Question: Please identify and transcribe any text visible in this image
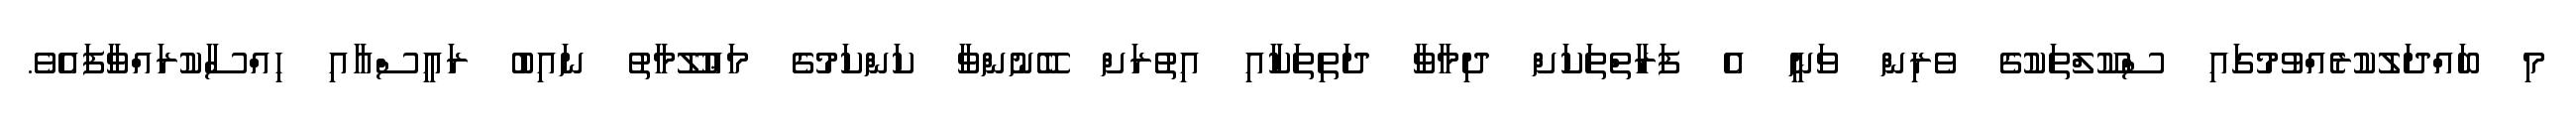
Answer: މި ބައްދަލުކުރެއްވުމުގައި ސްކޫލްތަކުގެ ވެރިން ވަނީ އެ ފަރާތްތަކަށް ދިމާވާ ދަތިތަކާއި އިތުރަށް ބޭނުންވާ ކަންކަމުގެ މަޢުލޫމާތު ނައިބު ރައީސްއާއި ހިއްސާކުރައްވާފައެވެ.